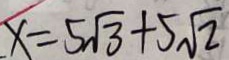
x = 5 \sqrt { 3 } + 5 \sqrt { 2 }